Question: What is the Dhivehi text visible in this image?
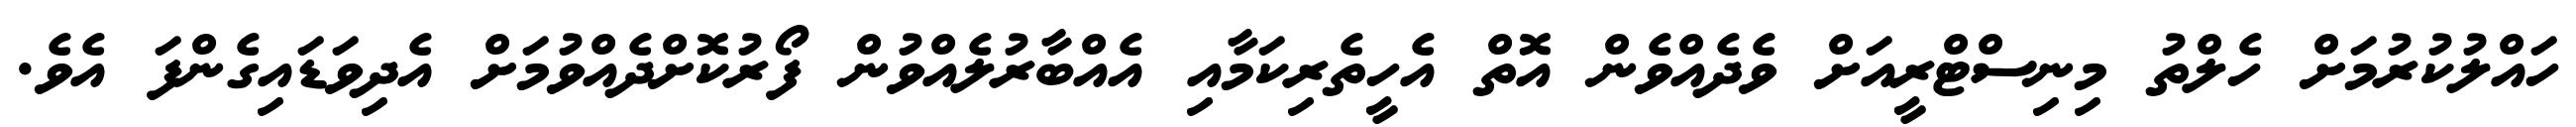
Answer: ހައްލުކުރުމަށް ހެލްތު މިނިސްޓްރީއަށް ވެދެއްވެން އޮތް އެހީތެރިކަމާއި އެއްބާރުލެއްވުން ފޯރުކޮށްދެއްވުމަށް އެދިވަޑައިގެންފަ އެވެ.